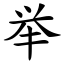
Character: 举